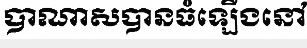
បាណាសបានធំឡើងនៅ